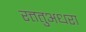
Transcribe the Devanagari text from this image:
रत्ततुअधरा